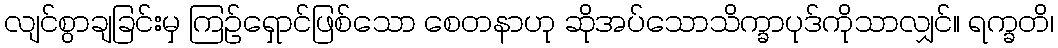
လျင်စွာချခြင်းမှ ကြဉ်ရှောင်ဖြစ်သော စေတနာဟု ဆိုအပ်သောသိက္ခာပုဒ်ကိုသာလျှင်။ ရက္ခတိ၊